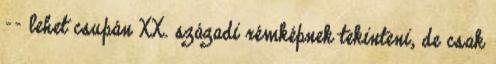
-- lehet csupán XX. századi rémképnek tekinteni, de csak